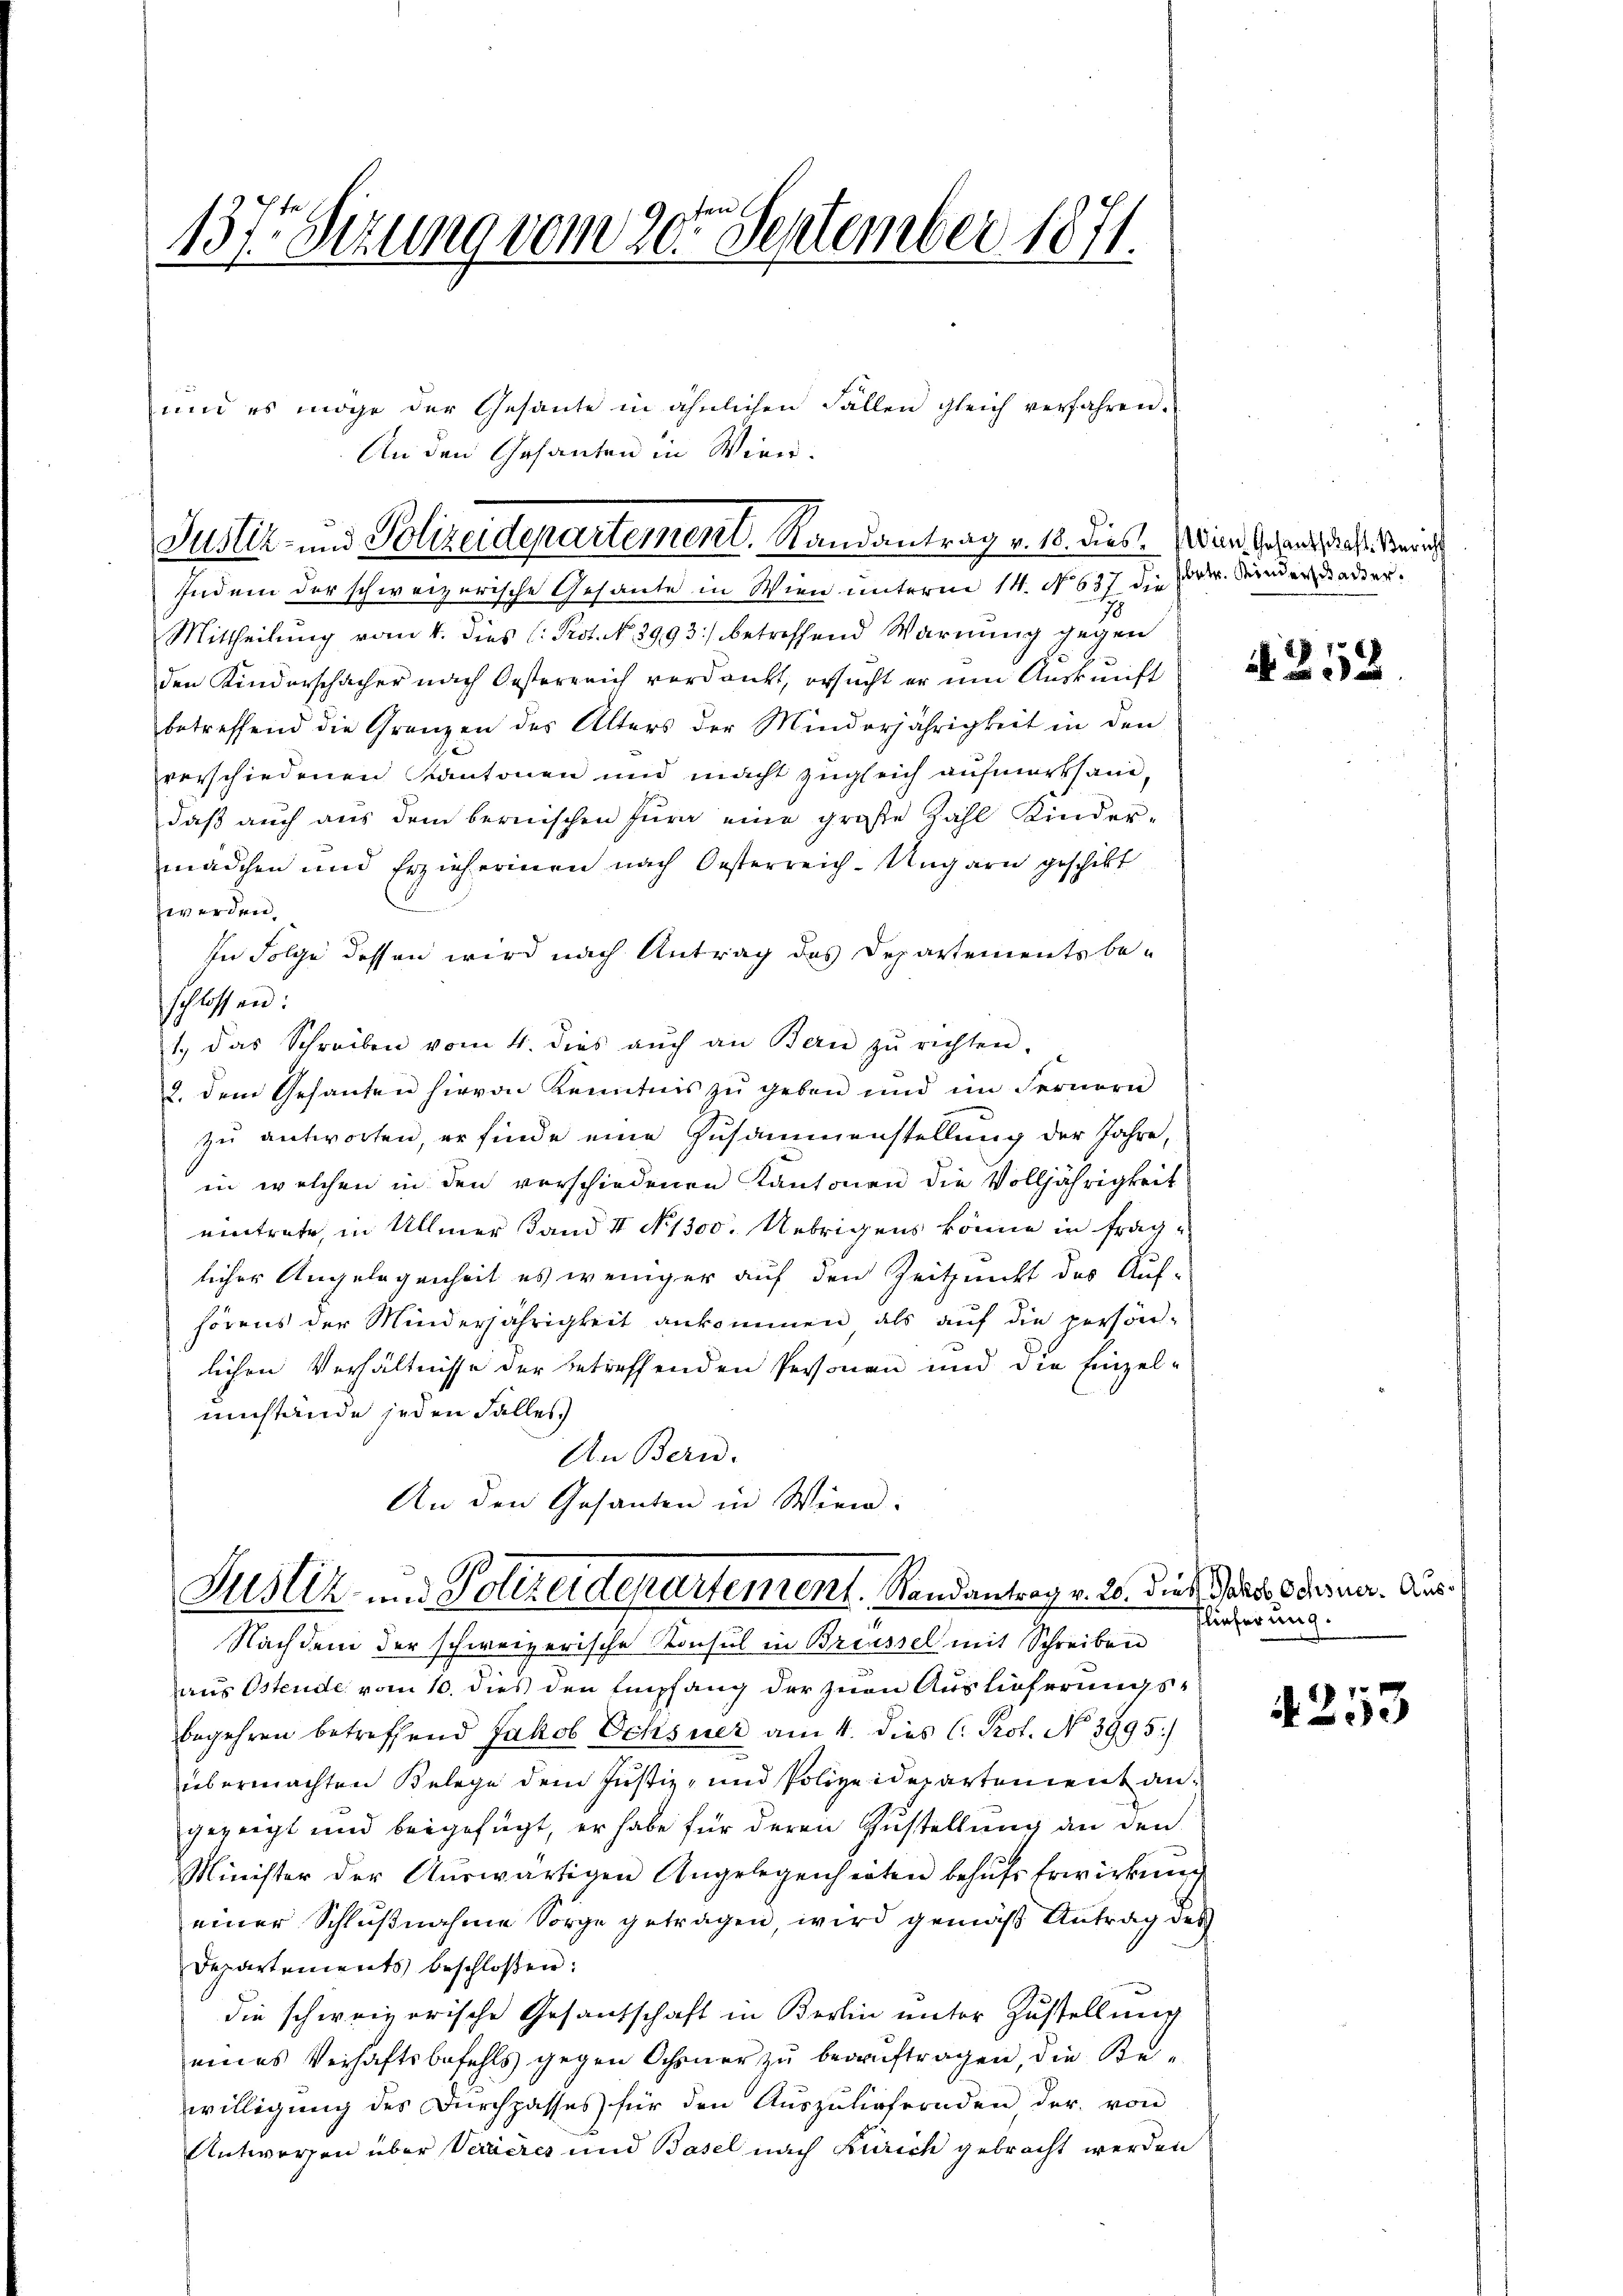
137t Setzung vom 20ten September 1871.

und es möge der Gesante in ähnlichen Fällen gleich verfahren.
An den Gesanten in Wien.
Indem der schweizerische Gesante in Wien unterm 14. No 637 die dr. Kinderwieder¬
Mittheilung vom 4. dies C. Prot. No. 3993/ betreffend Warnung gegen
den Kinderschacher nach Oesterreich verdankt, ersucht er um Auskunft
betreffend die Gränzen des Alters der Minderjährigkeit in den
verschiedenen Kantonen und macht zugleich aufmerksam,
daß auch aus dem bernischen Jura eine große Zahl Kinder-
mädchen und Erzieherinen nach Oesterreich-Ungarn geschikt
zwerden.
In Folge dessen wird nach Antrag des Departements beschlossen:
1. das Schreiben vom 4. dies aŭch an Bern zŭ richten.
2. dem Gesanten hievon Kenntnis zu geben und im Fernern
zu antworten, er finde eine Zusammenstellung der Jahre,
in welchen in den verschiedenen Kantonen die Volljährigkeit
eintrete, in Ullmer Sand II No. 1300. Uebrigens könne in fraglicher Angelegenheit es weniger auf den Zeitpunkt des Auf-
hörens der Minderjährigkeit ankommen, als aŭf die persön-
lichen Verhältnisse der betreffenden Personen und die Einzelumstände jeden Falles
An Bern.
An den Gesanten in Wien.

Justiz- und Polizeidepartement, Randantrag v. 18. dies. Wien Gesandt, das Zürich

Justiz und Polizeidepartement. Randantrag v. 26. d.

Nachdem der schweizerische Konsul in Breussel mit Schreiben
aus Ostende vom 10. dies den Empfang der zuen Auslieferungsbegehren betreffend Jakob Ochsner am 4. dies C. Prot. No 3995)
übermachten Belege dem Justiz- und Polizeidepartement angezeigt und beigefügt, er habe für deren Zustellung an den
Minister der Aŭswärtigen Angelegenheiten behŭfs Erwirkung
einer Schlußnahme Sorge getragen, wird gemäß Antrag des
Departements beschloßen:
die schweizerische Gesandschaft in Berlin unter Zustellung
eines Verhaftsbefehls gegen Ochsner zu beauftragen, die Bewilligung des Durchgasses für den Auszuliefernden der von
Antworfen über Verzeres und Basel nach Zürich gebracht werden

A 212

ätt Jakob Ochsner. Auslieferung.

4253